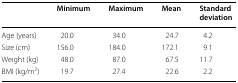
<table><thead><tr><td></td><td><b>Minimum</b></td><td><b>Maximum</b></td><td><b>Mean</b></td><td><b>Standard deviation</b></td></tr></thead><tbody><tr><td>Age (years)</td><td>20.0</td><td>34.0</td><td>24.7</td><td>4.2</td></tr><tr><td>Size (cm)</td><td>156.0</td><td>184.0</td><td>172.1</td><td>9.1</td></tr><tr><td>Weight (kg)</td><td>48.0</td><td>87.0</td><td>67.5</td><td>11.7</td></tr><tr><td>BMI (kg/m<sup>2</sup>)</td><td>19.7</td><td>27.4</td><td>22.6</td><td>2.2</td></tr></tbody></table>